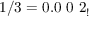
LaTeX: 1 / 3 = 0 . 0 \ 0 \ 2 _ { ! }